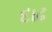
દાઢ